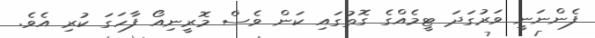
ފެންނަނީ ވަރުގަދަ ޓީމެއްގެ ގޮތުގައި ކަން ވެސް މޮރީނިއޯ ފާހަގަ ކުރި އެވެ.